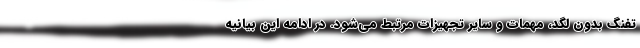
تفنگ بدون لگد، مهمات و سایر تجهیزات مرتبط می‌شود. در ادامه این بیانیه